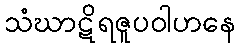
သံဃာဋိရဇူပဝါဟနေ